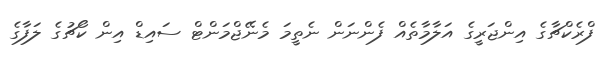
ފްރެކްޗާގެ އިންޖަރީގެ އަލާމާތެއް ފެންނަން ނެތީމަ މެނޭޖްމަންޓް ސައިޑް އިން ކޯޗުގެ ލަފާގެ